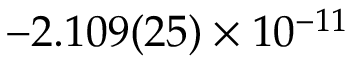
- 2 . 1 0 9 ( 2 5 ) \times 1 0 ^ { - 1 1 }